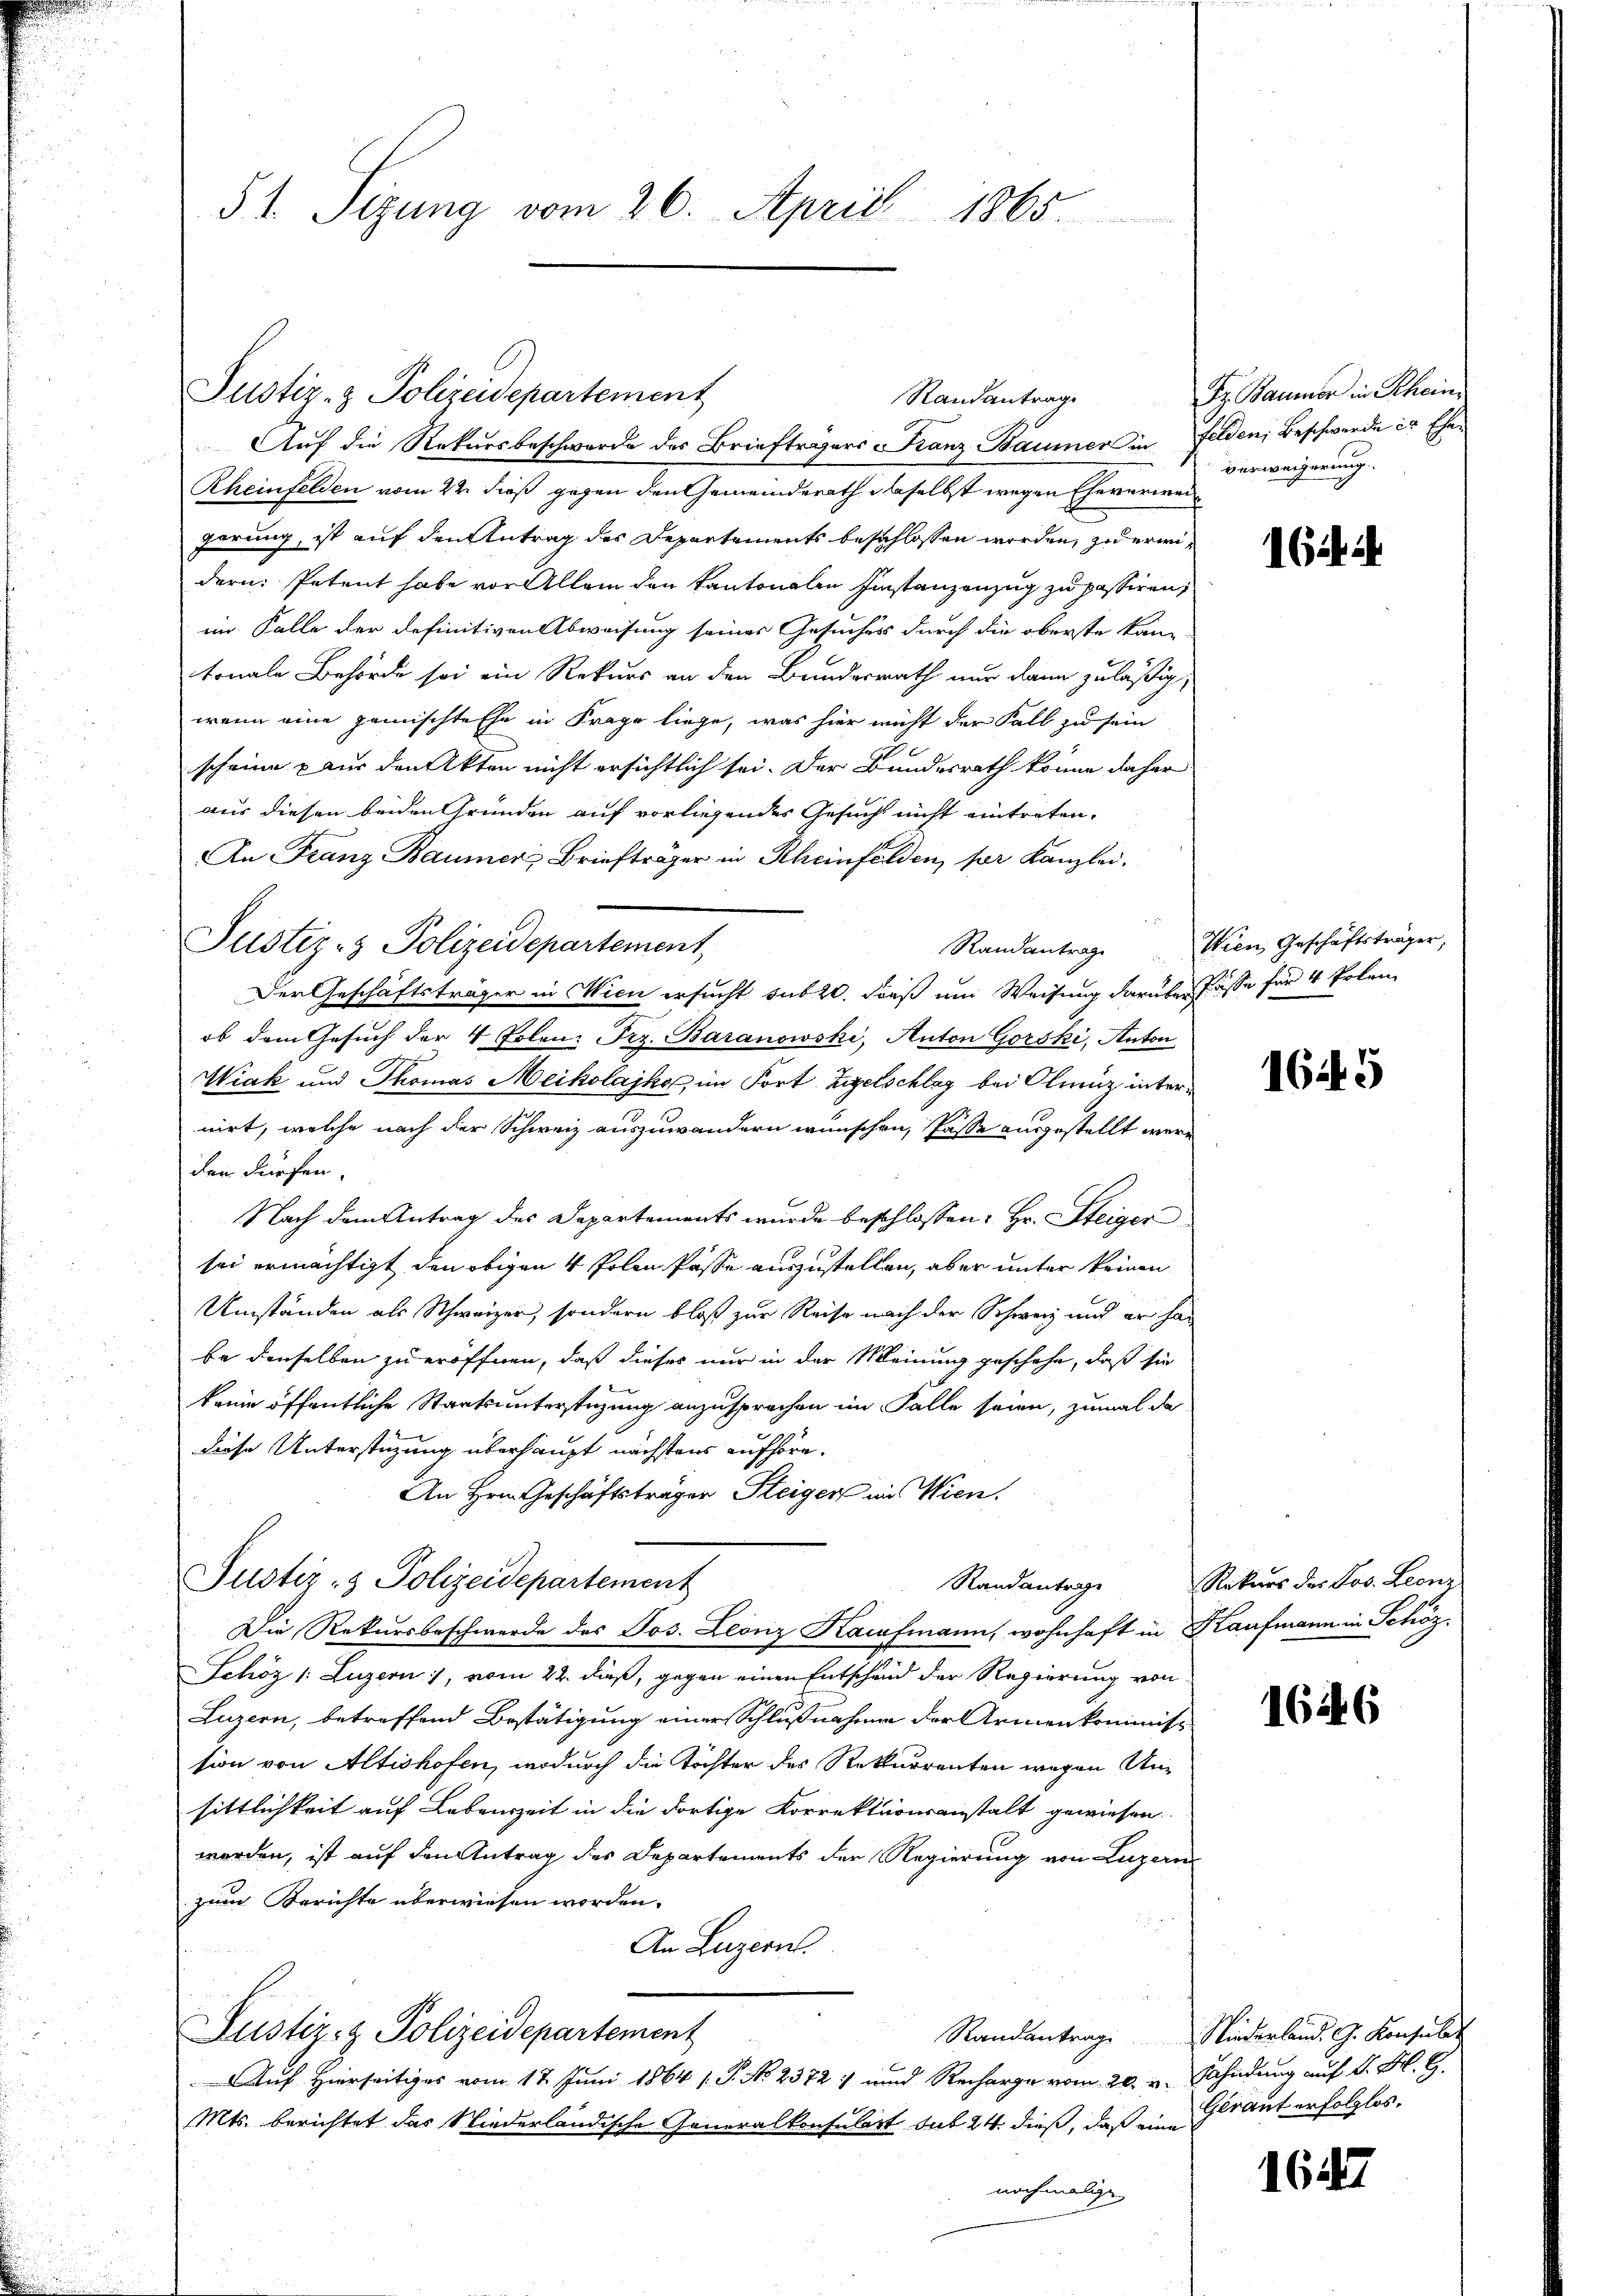
51. Sizung vom 26. April 1865.

Justiz- & Polizeidepartement

Auf die Rekursbeschwerde des Brieftragers Franz Baumer in Felden, Beschwerde in Ehe¬
Rheinfelden vom 22. dieß gegen den Gemeinderath daselbst wegen Eheverweigerung, ist auf den Antrag des Departements beschlossen werden, zu erwidern. Petent habe vor Allem den kantonalen Einstanzenzug zu passiren,
im Falle der definitiven Abweisung seines Gesuches durch die oberste kantonale Behörde sei ein Rekurs an den Bundesrath nur dann zuläßig,
wenn eine gemischte Ehe in Frage liege, was hier nicht der Fall zu sein
scheine nur den Akten nicht ersichtlich sei. Der Bundesrath könne daher
aus diesen beiden Gründen auf vorliegendes Gesucht nicht eintreten.
An Franz Baumer Briefträger in Rheinfelden, per Kanzlei.

Justiz- & Polizeidepartement,
Randantrag
Der Geschäftsträger in Wien ersucht sub 20. dieß um Weisung darüber Pässe für 4 Erlenob dem Gesuch der 4 Polen. Frz. Baranowski, Anton Gorski, Anton
Wiak und Thomas Meikolajko im Fort Zigelschlag bei Olenz internirt, welche nach der Schweiz auszuwandern wünschen, Pässe angestellt werden dürfen.
Nach dem Antrag des Departements wurde beschlossen: Hr. Steiger
sei ermächtigt den obigen 4 Polen Pässe auszustellen, aber unter keinen
Umständen als Schweizer, sondern bloß zur Reise nach der Schweiz und er han
be denselben zu eröffnen, daß dieses nur in der Meinung geschehe, daß sie
kamin öffentliche Staatsunterstüzung anzusprechen im Falle seien, zumal da
Diöse Unterstüzung überhaupt nächstens aufhöre.
An Hrn. Geschäftsträger Steiger in Wien.
Justiz- & Polizeidepartement
Randantrage
Die Rekursbeschwerde des Jos. Leonz Kaufmann, wohnhaft in Kaufmann in Schöz.
Schöz /: Luzern), vom 22. dieß, gegen einen Entschend der Regierung von
Luzern, betreffend Bestätigung einer Schlußnahme der Armenkommiss
sion von Altishofen, wodurch die Töchter des Rekurrenten wegen Unsittlichkeit auf Lebenszeit in die dortige Korrektionsanstalt gewiesen.
worden, ist auf den Antrag des Departements der Regierung von Luzern
zum Berichte überwiesen worden.
An Luzern.
Justiz- & Polizeidepartement
Auf Hierseitiges vom 12. Juni 1864 s. S. No 2372) und Recharge vom 20. v. Sahndung auf d. M. G.
Mts. berichtet das Niederländische Generalkonsulart sub 24 dieß, daß ein Graut erfolglos.
nochmalige

Randantrag

Dz. Baumer in Schein
verweigerung.

164. 2

Wien Geschäftsträger,

1649

Rekurs der Jos. Leonz

1646

Randantrage Niederland. J. Konsulat

1647